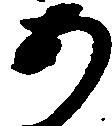
あ